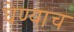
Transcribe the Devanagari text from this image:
घेण्याच